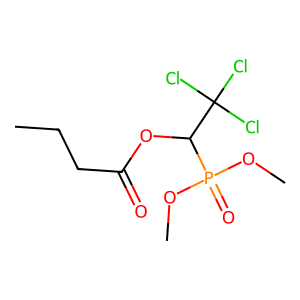
SMILES: CCCC(=O)OC(C(Cl)(Cl)Cl)P(=O)(OC)OC
Inhibits HIV replication: No